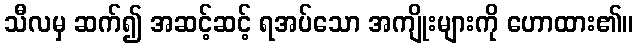
သီလမှ ဆက်၍ အဆင့်ဆင့် ရအပ်သော အကျိုးများကို ဟောထား၏။